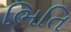
ભિતિ